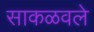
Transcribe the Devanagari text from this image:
साकळवले